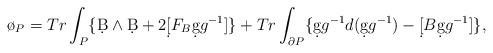
LaTeX: \begin{align*}\o_{P}=Tr\int_{P}\{ \d B\wedge \d B+2\d [F_{B}\d gg^{-1}]\}+Tr\int_{\partial P}\{ \d gg^{-1} d(\d gg^{-1})-\d [B\d gg^{-1}]\},\end{align*}